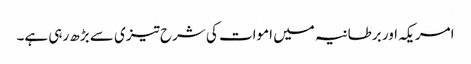
امریکہ اور برطانیہ میں اموات کی شرح تیزی سے بڑھ رہی ہے۔